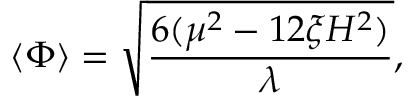
\langle \Phi \rangle = \sqrt { \frac { 6 ( { \mu } ^ { 2 } - 1 2 { \xi } H ^ { 2 } ) } { \lambda } } ,